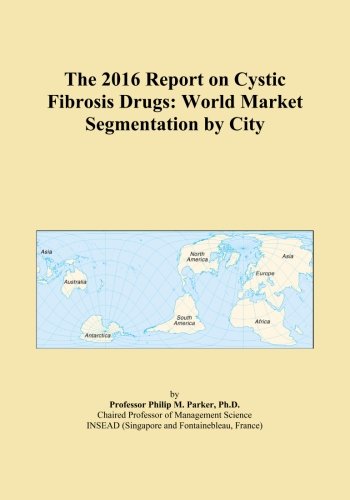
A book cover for The 2016 Report on Cystic Fibrosis Drugs: World Market Segmentation by City; Icon Group International; Health, Fitness & Dieting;